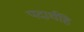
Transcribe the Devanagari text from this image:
पदार्थहि